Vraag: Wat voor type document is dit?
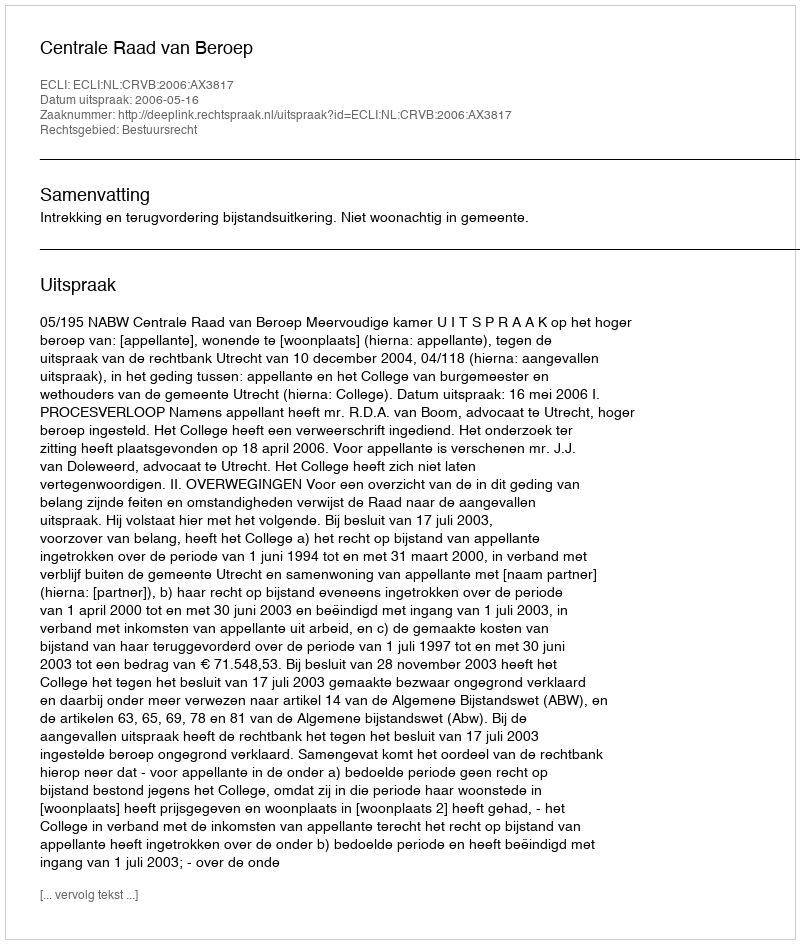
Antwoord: Uitspraak